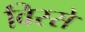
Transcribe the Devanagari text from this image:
विस्से